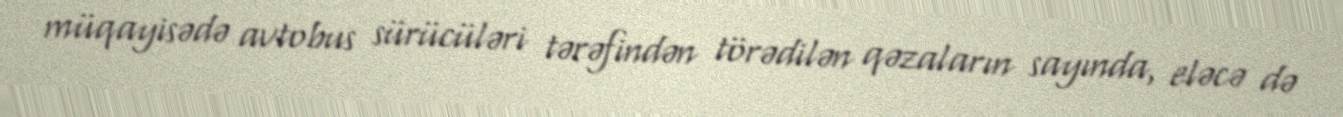
müqayisədə avtobus sürücüləri tərəfindən törədilən qəzaların sayında, eləcə də